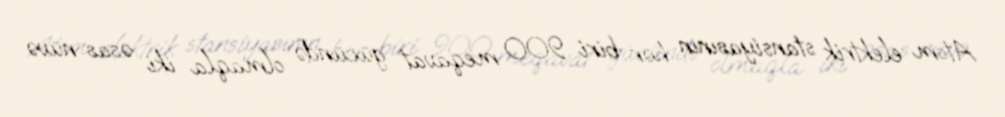
Atom elektrik stansiyasının hər biri 900 meqavat gücündə olmaqla iki əsas nüvə